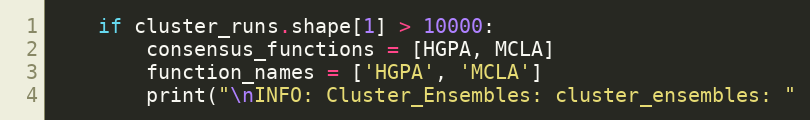
Language: Python
    if cluster_runs.shape[1] > 10000:
        consensus_functions = [HGPA, MCLA]
        function_names = ['HGPA', 'MCLA']
        print("\nINFO: Cluster_Ensembles: cluster_ensembles: "